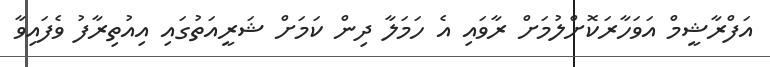
އަފްރާޝީމް އަވަހާރަކޮށްލުމަށް ރާވައި އެ ހަމަލާ ދިން ކަމަށް ޝަރީއަތުގައި އިއުތިރާފު ވެފައިވާ